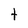
Character: t